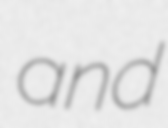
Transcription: and